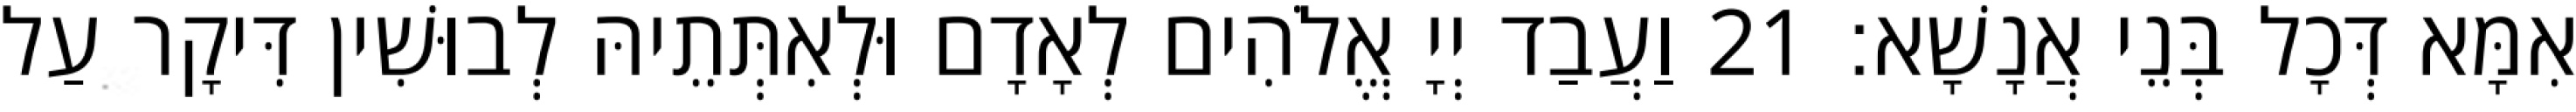
אִמָּא דְּכָל בְּנֵי אֲנָשָׁא׃ 21 וַעֲבַד יְיָ אֱלֹהִים לְאָדָם וּלְאִתְּתֵיהּ לְבוּשִׁין דִּיקָר עַל